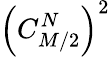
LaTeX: \left(C_{M/2}^{N}\right)^{2}